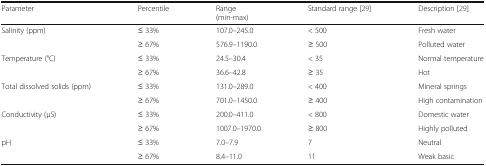
<table><thead><tr><td><b>Parameter</b></td><td><b>Percentile</b></td><td><b>Range(min-max)</b></td><td><b>Standard range [29]</b></td><td><b>Description [29]</b></td></tr></thead><tbody><tr><td rowspan="2">Salinity (ppm)</td><td>≤ 33%</td><td>107.0–245.0</td><td>&lt; 500</td><td>Fresh water</td></tr><tr><td>≥ 67%</td><td>576.9–1190.0</td><td>≥ 500</td><td>Polluted water</td></tr><tr><td rowspan="2">Temperature (°C)</td><td>≤ 33%</td><td>24.5–30.4</td><td>&lt; 35</td><td>Normal temperature</td></tr><tr><td>≥ 67%</td><td>36.6–42.8</td><td>≥ 35</td><td>Hot</td></tr><tr><td rowspan="2">Total dissolved solids (ppm)</td><td>≤ 33%</td><td>131.0–289.0</td><td>&lt; 400</td><td>Mineral springs</td></tr><tr><td>≥ 67%</td><td>701.0–1450.0</td><td>≥ 400</td><td>High contamination</td></tr><tr><td rowspan="2">Conductivity (μS)</td><td>≤ 33%</td><td>200.0–411.0</td><td>&lt; 800</td><td>Domestic water</td></tr><tr><td>≥ 67%</td><td>1007.0–1970.0</td><td>≥ 800</td><td>Highly polluted</td></tr><tr><td rowspan="2">pH</td><td>≤ 33%</td><td>7.0–7.9</td><td>7</td><td>Neutral</td></tr><tr><td>≥ 67%</td><td>8.4–11.0</td><td>11</td><td>Weak basic</td></tr></tbody></table>